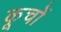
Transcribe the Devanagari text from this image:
कूचों